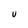
Character: u